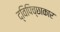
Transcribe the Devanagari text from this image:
द्विपिच्छाकार